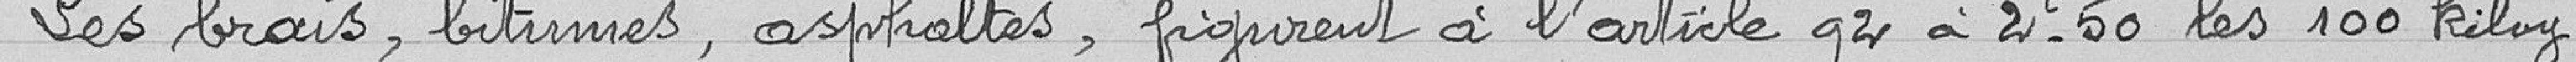
Les brais, bitumes, asphaltes, figurent à l’article 92 à 2,50 francs les 100 kilogrammes